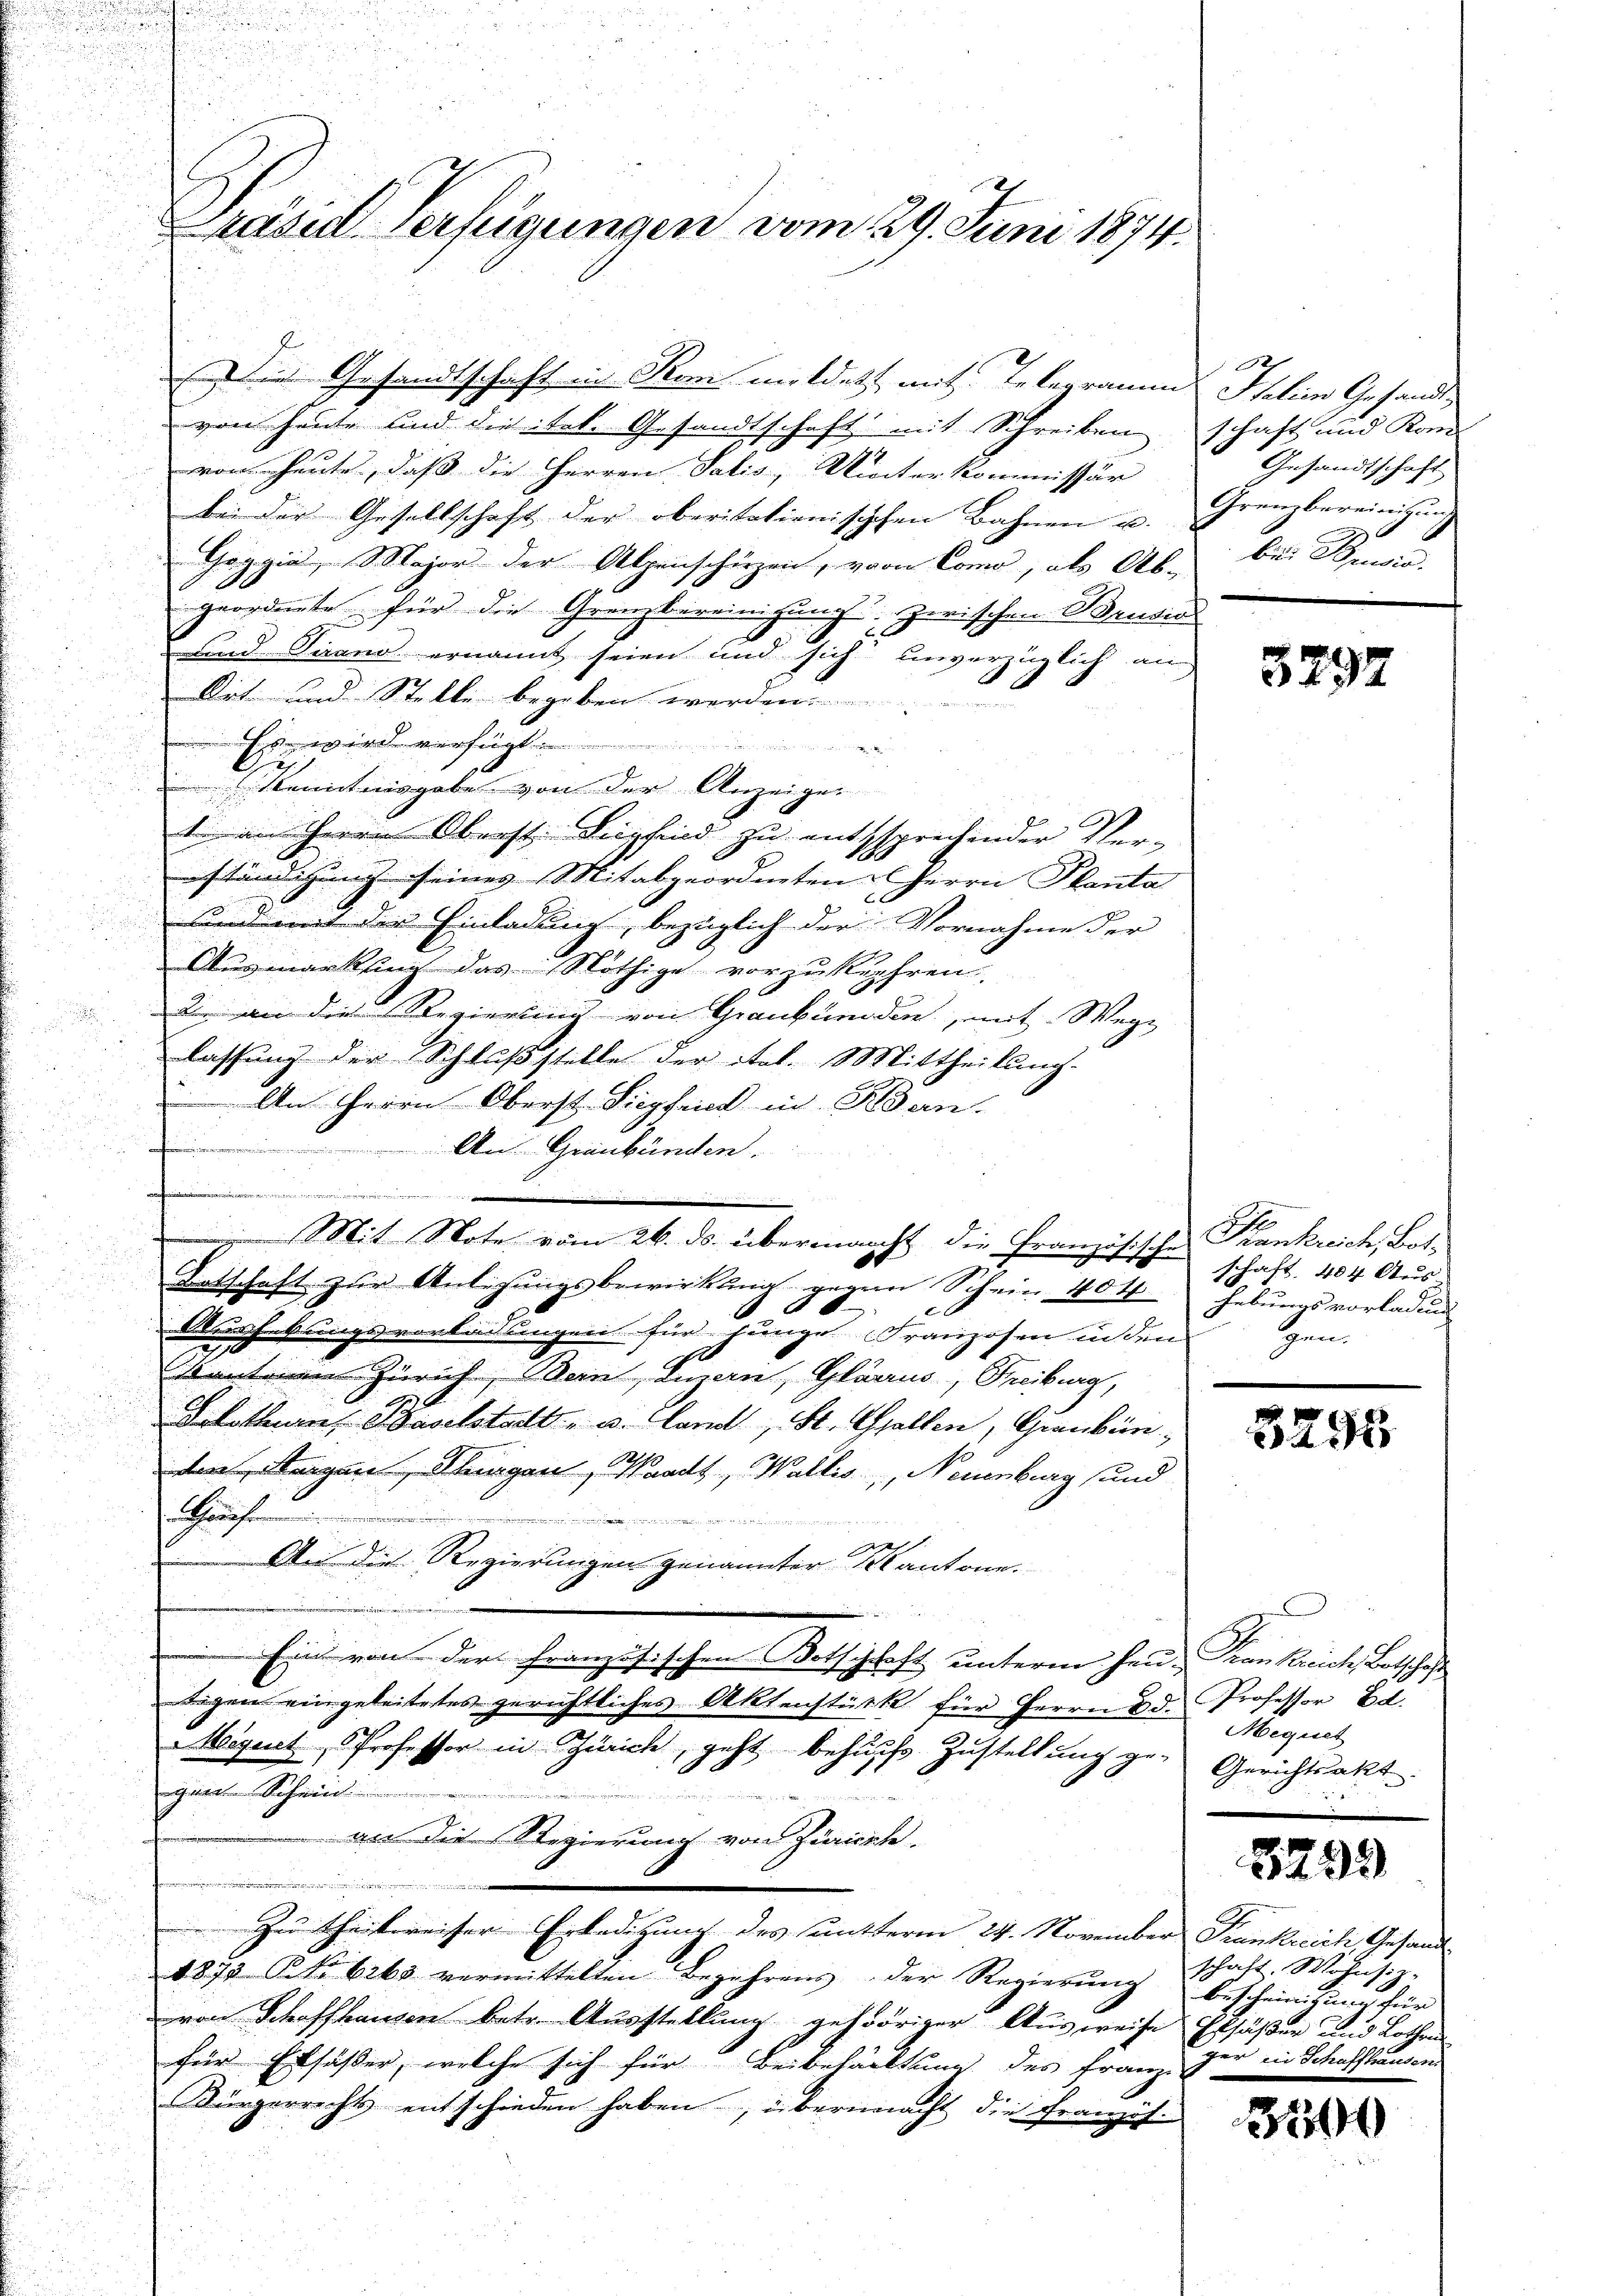
Präsid Verfügungen vom 29. Juni 1874.

Die Gesandtschaft in Rom mildet mit Telegramm Italien Gesandt-
von heute und die tel. Gesandtschaft mit Schreiben
von heute, daß die Herren Salis, Unterkommissär
bei der Gesellschaft der oberitationischen Bahnen u.
Goggia, Major der Alpenschürzen, vom Como, als Abe bei Seen,
geordnete für die Grenzbereinigung zwischen Bruden
und Piano ernannt seien und sich unverzüglich an
Ort und Stelle begeben werden.
Es wird verfügt:
Kenntnisgabe von der Anzeige
t. an Herrn Oberst. Siegfried zu entssprechender Verständigung seines Mitabgeordneten Herrn Planta
und mit der Einladung, bezüglich der Vornahme der
Ausmarkung das Nöthige vorzukehren.
d. an die Regierung von Graubünden, mit Wege
lassung der Schlußstelle der ital. Mittheilung.
An Herrn Oberst Siegfried in Bran.
|
 An Graubünden.
.
 Mit Note vom 26. ds. übermacht die Französische
Totschaft zur Anlegungsbewirkung gegen Schein 404
2
Ausferungsvorladungen für Lunge Franzosen in den
Cantonen Zürich, Bern, Luzern, Glarus, Freiburg,
Solothurn, Baselstadt - u. land, St. Gallen, Gienkün
den Stangen Thurgau, Waadt, Wallis, Neuenburg und
Rauch
.
d
s
An die Regierungen genannter Kantone.
E
Ein von der Französischen Bethischaft unterm Hrn. Kan weite, entschaft
tigen eingeleitetes gerichtliches Aktenstück für Herrn d. Professor Ed.
Migent, Professor in Zürich, geht behufs Zustellung ge-Gerichtsakt
gard Schein
an die Regierung von Zürichte.

Zu Theilweiser Erledigung des untterm 24. November Frankreich Gesand
1872 No 663 vermittelten Begehrens der Regierŭng schaft. Wohnsiz-
von Schaffhausen betr. Ausstellung gehöriger Ausweise Ersäßen und Lothan
für Ersäßer, welche sich für Beibehaltung des Franzis¬
Bürgerrichts entschieden haben, übermacht die Französ.

schaft und Kon
Gesandtschaft
Grenzbereinigung
2

3297

d
Frankreich, Bot-
schaft, 404 Aus-
hebungsvorladung
Gen.

3295

Mequet

5299

Bescheinigung für
ger in Schaffhausen.

3500